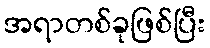
အရာတစ်ခုဖြစ်ပြီး